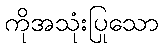
ကိုအသုံးပြုသော